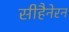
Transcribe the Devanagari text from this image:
सीहैनेरन